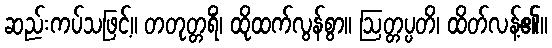
ဆည်းကပ်သဖြင့်။ တတုတ္တရိံ၊ ထိုထက်လွန်စွာ။ ဩတ္တပ္ပတိ၊ ထိတ်လန့်၏။